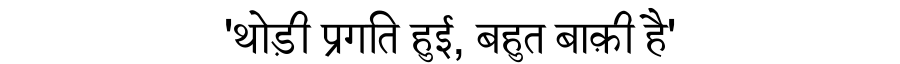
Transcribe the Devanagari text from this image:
'थोड़ी प्रगति हुई, बहुत बाक़ी है'